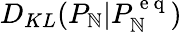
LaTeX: D_{KL}(P_{\mathbb{N}}|P_{\mathbb{N}}^{\mathrm{{~e~q~}}})